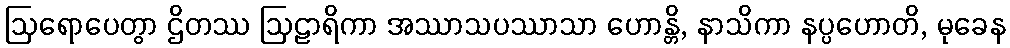
ဩရောပေတွာ ဌိတဿ ဩဠာရိကာ အဿာသပဿာသာ ဟောန္တိ, နာသိကာ နပ္ပဟောတိ, မုခေန